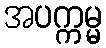
အပက္ကမ္မ